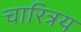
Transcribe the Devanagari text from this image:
चारित्रय